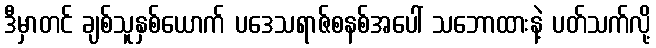
ဒီမှာတင် ချစ်သူနှစ်ယောက် ပဒေသရာဇ်စနစ်အပေါ် သဘောထားနဲ့ ပတ်သက်လို့